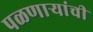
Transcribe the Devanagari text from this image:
पळणाऱ्यांची